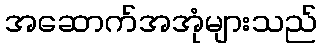
အဆောက်အအုံများသည်